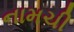
નામચી